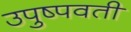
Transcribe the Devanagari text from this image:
उपुष्पवती